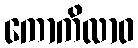
ကောကိလာဝ